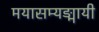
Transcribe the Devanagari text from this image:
मयासम्यङ्मायी